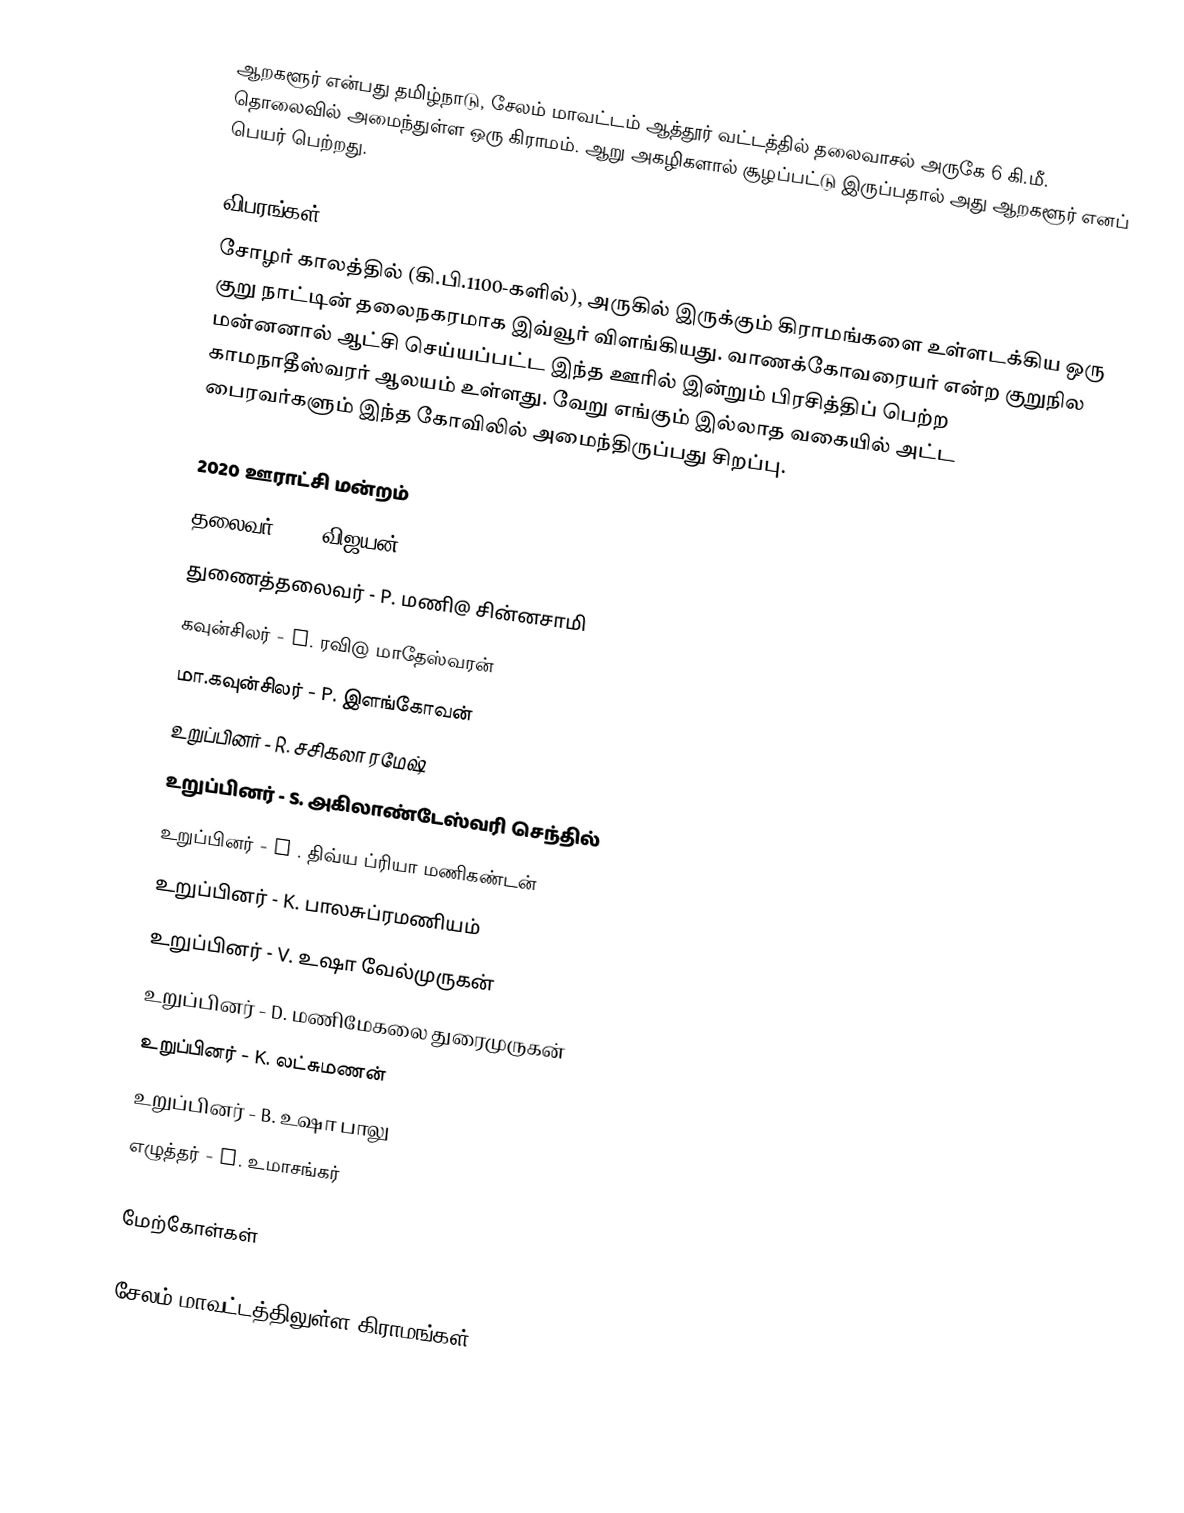
ஆறகளூர் என்பது தமிழ்நாடு, சேலம் மாவட்டம் ஆத்தூர் வட்டத்தில் தலைவாசல் அருகே 6 கி.மீ. தொலைவில் அமைந்துள்ள ஒரு கிராமம். ஆறு அகழிகளால் சூழப்பட்டு இருப்பதால் அது ஆறகளூர் எனப் பெயர் பெற்றது.

விபரங்கள்
சோழர் காலத்தில் (கி.பி.1100-களில்), அருகில் இருக்கும் கிராமங்களை உள்ளடக்கிய ஒரு குறு நாட்டின் தலைநகரமாக இவ்வூர் விளங்கியது. வாணக்கோவரையர் என்ற குறுநில மன்னனால் ஆட்சி செய்யப்பட்ட இந்த ஊரில் இன்றும் பிரசித்திப் பெற்ற காமநாதீஸ்வரர் ஆலயம் உள்ளது. வேறு எங்கும் இல்லாத வகையில் அட்ட பைரவர்களும் இந்த கோவிலில் அமைந்திருப்பது சிறப்பு.

2020 ஊராட்சி மன்றம்
 தலைவர் - S. விஜயன்
 துணைத்தலைவர் - P. மணி@ சின்னசாமி
கவுன்சிலர் - K. ரவி@ மாதேஸ்வரன்
மா.கவுன்சிலர் - P. இளங்கோவன்
 உறுப்பினர் - R. சசிகலா ரமேஷ்
 உறுப்பினர் - S. அகிலாண்டேஸ்வரி செந்தில்
 உறுப்பினர் - M . திவ்ய ப்ரியா மணிகண்டன்
 உறுப்பினர் - K.  பாலசுப்ரமணியம்
 உறுப்பினர் -  V. உஷா வேல்முருகன்
 உறுப்பினர் -  D. மணிமேகலை துரைமுருகன்
 உறுப்பினர் - K.  லட்சுமணன்
 உறுப்பினர் -  B. உஷா பாலு
 எழுத்தர் - N. உமாசங்கர்

மேற்கோள்கள்

சேலம் மாவட்டத்திலுள்ள கிராமங்கள்